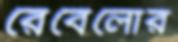
রেবেলোর